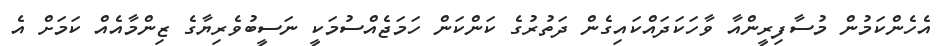
އެހެންކަމުން މުސާފިރީންއާ ވާހަކަދައްކައިގެން ދަތުރުގެ ކަންކަން ހަމަޖެއްސުމަކީ ނަސީބުވެރިޔާގެ ޒިންމާއެއް ކަމަށް އެ